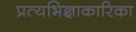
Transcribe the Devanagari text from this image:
प्रत्यभिज्ञाकारिका